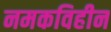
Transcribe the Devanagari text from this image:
नमकविहीन